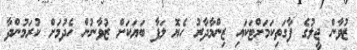
ޒުވާން ޖީލުގެ ފާގަތިކަމަށްޓަކައި ޒިންމާދާރު ހެޔޮ ލަފާ ބަޔަކަށް ޒުވާނުން ހެދުމަށް ކުރަމުންދާ